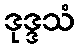
ဒုဒ္ဒသံ